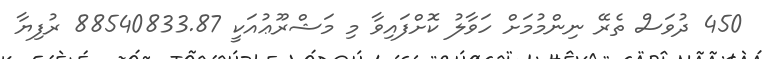
450 ދުވަސް ތެރޭ ނިންމުމަށް ހަވާލު ކޮށްފައިވާ މި މަޝްރޫޢުއަކީ 88540833.87 ރުފިޔާ